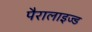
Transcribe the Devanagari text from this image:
पैरालाइज्ड